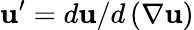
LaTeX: \mathbf{u}^{\prime}=d\mathbf{u}/d\left(\nabla\mathbf{u}\right)